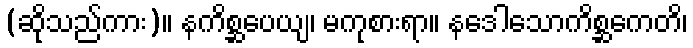
(ဆိုသည်ကား)။ နကိစ္ဆပေယျ၊ မကုစားရာ။ နဒေါသောကိစ္ဆကေတိ၊